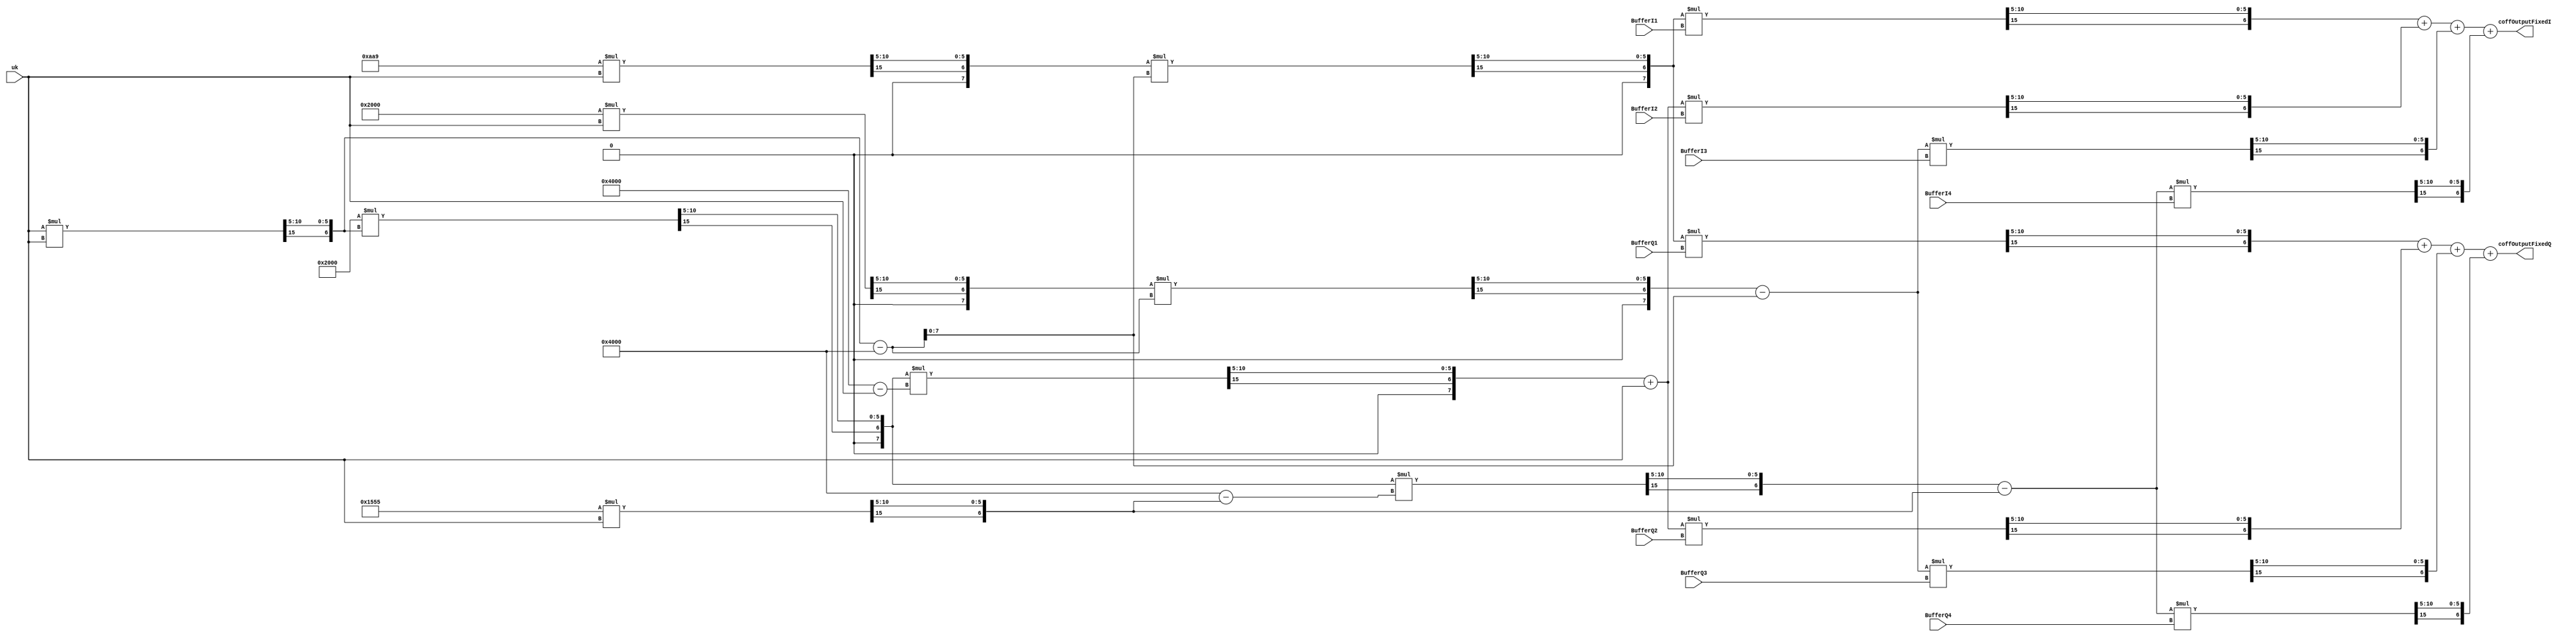
`define FixedData(x) {x[SYM_WIDTH+INT_WIDTH*2+DEC_WIDTH*2], x[DEC_WIDTH*2], x[DEC_WIDTH*2-1:DEC_WIDTH]}
`define DIFF_1_6 'sh0AA9 // 0.167
`define DIFF_1_2 'sh2000 // 0.500
`define DIFF_1_3 'sh1555 // 0.333
`define ONE      'sh4000  // 1.000
/*
    coff1_1Fixed = (1/6)*uk
    ukSquareFixed = uk^2
    coff2_1Fixed = (1/2)*uk^2
    coff2_2Fixed = coff2_1Fixed*(1-uk)
*/
module coffCulate #(
    parameter SYM_WIDTH = 1,
    parameter INT_WIDTH = 2,
    parameter DEC_WIDTH = 5
)(
    input wire signed [SYM_WIDTH+INT_WIDTH+DEC_WIDTH-1 : 0] uk,
    input wire signed [SYM_WIDTH+INT_WIDTH+DEC_WIDTH-1 : 0] BufferQ1, BufferQ2, BufferQ3, BufferQ4,
    input wire signed [SYM_WIDTH+INT_WIDTH+DEC_WIDTH-1 : 0] BufferI1, BufferI2, BufferI3, BufferI4, 

    output wire signed [SYM_WIDTH+INT_WIDTH+DEC_WIDTH-1 : 0] coffOutputFixedQ,
    output wire signed [SYM_WIDTH+INT_WIDTH+DEC_WIDTH-1 : 0] coffOutputFixedI
);

wire signed [SYM_WIDTH+INT_WIDTH+DEC_WIDTH-1 : 0] coff1_1Fixed;
wire signed [SYM_WIDTH+INT_WIDTH+DEC_WIDTH-1 : 0] coff1_2Fixed;
wire signed [SYM_WIDTH+INT_WIDTH+DEC_WIDTH-1 : 0] ukSquareFixed;
wire signed [SYM_WIDTH+INT_WIDTH+DEC_WIDTH-1 : 0] coff2_1Fixed;
wire signed [SYM_WIDTH+INT_WIDTH+DEC_WIDTH-1 : 0] coff2_2Fixed;
wire signed [SYM_WIDTH+INT_WIDTH+DEC_WIDTH-1 : 0] coff3_1Fixed;
wire signed [SYM_WIDTH+INT_WIDTH+DEC_WIDTH-1 : 0] coff3_2Fixed;
wire signed [SYM_WIDTH+INT_WIDTH+DEC_WIDTH-1 : 0] coff4_1Fixed;
wire signed [SYM_WIDTH+INT_WIDTH+DEC_WIDTH-1 : 0] coff4_2Fixed;
wire signed [SYM_WIDTH+INT_WIDTH+DEC_WIDTH-1 : 0] coff1_Fixed;
wire signed [SYM_WIDTH+INT_WIDTH+DEC_WIDTH-1 : 0] coff2_Fixed;
wire signed [SYM_WIDTH+INT_WIDTH+DEC_WIDTH-1 : 0] coff3_Fixed;
wire signed [SYM_WIDTH+INT_WIDTH+DEC_WIDTH-1 : 0] coff4_Fixed;
//test
wire signed [SYM_WIDTH+INT_WIDTH+DEC_WIDTH-1 : 0] q1,q2,q3, q4, i1, i2, i3, i4;

wire signed [SYM_WIDTH+(INT_WIDTH*2)+(DEC_WIDTH*2) : 0] coff1_1Full;
wire signed [SYM_WIDTH+(INT_WIDTH*2)+(DEC_WIDTH*2) : 0] ukSquareFull;
wire signed [SYM_WIDTH+(INT_WIDTH*2)+(DEC_WIDTH*2) : 0] coff2_1Full;
wire signed [SYM_WIDTH+(INT_WIDTH*2)+(DEC_WIDTH*2) : 0] coff2_2Full;
wire signed [SYM_WIDTH+(INT_WIDTH*2)+(DEC_WIDTH*2) : 0] coff3_1Full;
wire signed [SYM_WIDTH+(INT_WIDTH*2)+(DEC_WIDTH*2) : 0] coff3_2Full;
wire signed [SYM_WIDTH+(INT_WIDTH*2)+(DEC_WIDTH*2) : 0] coff4_1Full;
wire signed [SYM_WIDTH+(INT_WIDTH*2)+(DEC_WIDTH*2) : 0] coff4_2Full;
wire signed [SYM_WIDTH+(INT_WIDTH*2)+(DEC_WIDTH*2) : 0] Q1Full, Q2Full, Q3Full, Q4Full;
wire signed [SYM_WIDTH+(INT_WIDTH*2)+(DEC_WIDTH*2) : 0] I1Full, I2Full, I3Full, I4Full;
wire signed [SYM_WIDTH+(INT_WIDTH*2)+(DEC_WIDTH*2) : 0] coff1_Full;

assign coff1_1Full  = `DIFF_1_6*uk;
assign ukSquareFull = uk*uk;
assign coff2_1Full  = `DIFF_1_2*ukSquareFixed;
assign coff2_2Full  = coff2_1Fixed*(`ONE-uk);
assign coff3_1Full  = `DIFF_1_2*uk;
assign coff3_2Full  = coff3_1Fixed*(ukSquareFixed-`ONE);
assign coff4_1Full  = `DIFF_1_3*uk;
assign coff4_2Full  = coff2_1Fixed*(`ONE-coff4_1Fixed);
assign Q1Full       = coff1_Fixed*BufferQ1;
assign Q2Full       = coff2_Fixed*BufferQ2;
assign Q3Full       = coff3_Fixed*BufferQ3;
assign Q4Full       = coff4_Fixed*BufferQ4;
assign I1Full       = coff1_Fixed*BufferI1;
assign I2Full       = coff2_Fixed*BufferI2;
assign I3Full       = coff3_Fixed*BufferI3;
assign I4Full       = coff4_Fixed*BufferI4;


assign coff1_1Fixed  = `FixedData(coff1_1Full);
assign ukSquareFixed = `FixedData(ukSquareFull);
assign coff2_1Fixed  = `FixedData(coff2_1Full);
assign coff2_2Fixed  = `FixedData(coff2_2Full);
assign coff3_1Fixed  = `FixedData(coff3_1Full);
assign coff3_2Fixed  = `FixedData(coff3_2Full);
assign coff4_1Fixed  = `FixedData(coff4_1Full);
assign coff4_2Fixed  = `FixedData(coff4_2Full);
assign coff1_Fixed   = `FixedData(coff1_Full);

assign coff1_2Fixed = ukSquareFixed - `ONE;
assign coff1_Full = coff1_1Fixed * coff1_2Fixed;
assign coff2_Fixed = coff2_2Fixed + uk;
assign coff3_Fixed = coff3_2Fixed - coff1_2Fixed;
assign coff4_Fixed = coff4_2Fixed - coff4_1Fixed;
assign coffOutputFixedQ = `FixedData(Q1Full) + `FixedData(Q2Full) + `FixedData(Q3Full) + `FixedData(Q4Full);
assign coffOutputFixedI = `FixedData(I1Full) + `FixedData(I2Full) + `FixedData(I3Full) + `FixedData(I4Full);
//test
assign q1 = `FixedData(Q1Full);
assign q2 = `FixedData(Q2Full);
assign q3 = `FixedData(Q3Full);
assign q4 = `FixedData(Q4Full);

endmodule